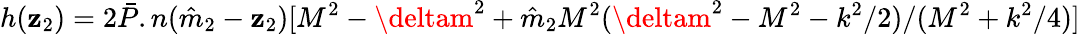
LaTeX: h(\mathbf{z}_{2})=2{\bar{{P}}}.n({\hat{{m}}}_{2}-\mathbf{z}_{2})[M^{2}-{\deltam}^{2}+{\hat{{m}}}_{2}M^{2}({\deltam}^{2}-M^{2}-k^{2}/2)/(M^{2}+k^{2}/4)]